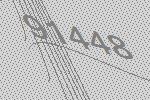
91448